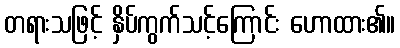
တရားသဖြင့် နှိပ်ကွက်သင့်ကြောင်း ဟောထား၏။